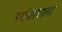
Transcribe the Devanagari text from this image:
नरांसारख्या